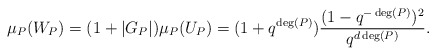
\begin{align*} \mu_P(W_P) = (1 + \vert G_P \vert) \mu_P(U_P) = (1+ q^{\deg(P)}) \frac{(1-q^{-\deg(P)})^2}{q^{d \deg(P)}}. \end{align*}